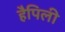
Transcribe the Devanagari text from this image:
हैपिली